Civil Veterinary Department. Central Provinces & Berar 1925-31 - 1925-1931
Year: 1925
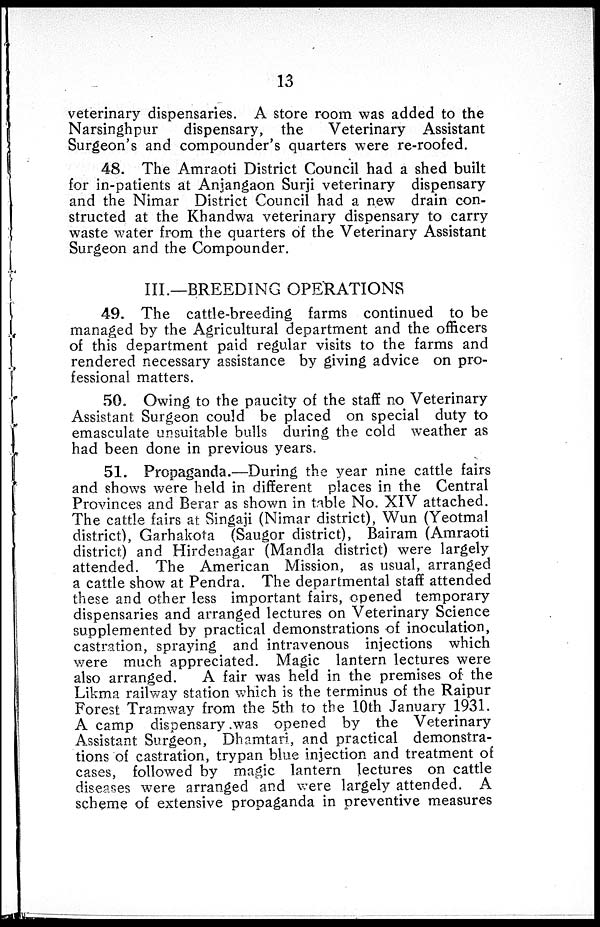
13
veterinary dispensaries. A store room was added to the
Narsinghpur
dispensary, the
Veterinary Assistant
Surgeon's and compounder's quarters were re-roofed.
48. The Amraoti District Council had a shed built
for in-patients at Anjangaon Surji veterinary dispensary
and the Nimar District Council had a new drain con-
structed at the Khandwa veterinary dispensary to carry
waste water from the quarters of the Veterinary Assistant
Surgeon and the Compounder.
III.—BREEDING OPERATIONS
49. The cattle-breeding farms continued to be
managed by the Agricultural department and the officers
of this department paid regular visits to the farms and
rendered necessary assistance by giving advice on pro-
fessional matters.
50. Owing to the paucity of the staff no Veterinary
Assistant Surgeon could be placed on special duty to
emasculate unsuitable bulls during the cold weather as
had been done in previous years.
51. Propaganda.—During the year nine cattle fairs
and shows were held in different places in the Central
Provinces and Berar as shown in table No. XIV attached.
The cattle fairs at Singaji (Nimar district), Wun (Yeotmal
district), Garhakota (Saugor district), Bairam (Amraoti
district) and Hirdenagar (Mandla district) were largely
attended. The American Mission, as usual, arranged
a cattle show at Pendra. The departmental staff attended
these and other less important fairs, opened temporary
dispensaries and arranged lectures on Veterinary Science
supplemented by practical demonstrations of inoculation,
castration, spraying and intravenous injections which
were much appreciated. Magic lantern lectures were
also arranged.
A fair was held in the premises of the
Likma railway station which is the terminus of the Raipur
Forest Tramway from the 5th to the 10th January 1931.
A camp dispensary was opened by the Veterinary
Assistant Surgeon, Dhamtari, and practical demonstra-
tions of castration, trypan blue injection and treatment of
cases, followed by magic lantern lectures on cattle
diseases were arranged and were largely attended. A
scheme of extensive propaganda in preventive measures